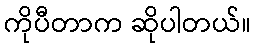
ကိုပီတာက ဆိုပါတယ်။